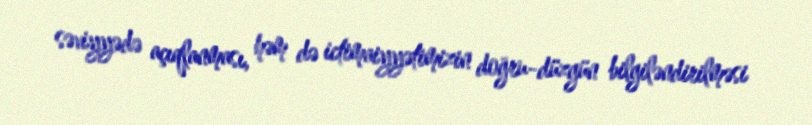
səviyyədə açıqlanması, həm də ictimaiyyətimizin doğru-düzgün bilgiləndirilməsi